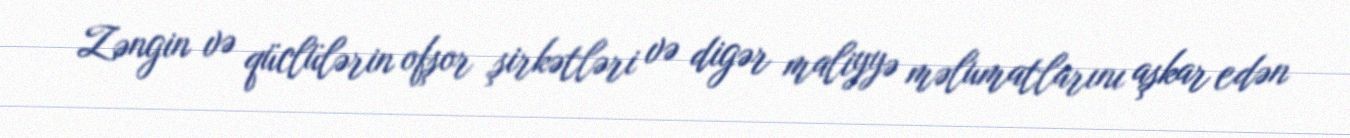
Zəngin və qüclülərin ofşor şirkətləri və digər maliyyə məlumatlarını aşkar edən